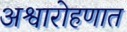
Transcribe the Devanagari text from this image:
अश्वारोहणात